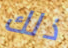
ذلك